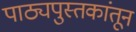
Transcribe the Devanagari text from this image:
पाठ्यपुस्तकांतून